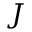
J